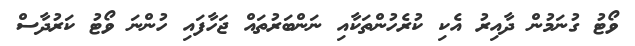
ވޯޓު ގުނަމުން ދާއިރު އެކި ކުރެހުންތަކާއި ނަންބަރުތައް ޖަހާފައި ހުންނަ ވޯޓު ކަރުދާސް